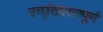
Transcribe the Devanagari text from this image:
उच्छृंखलतापूर्ण